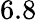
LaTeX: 6.8